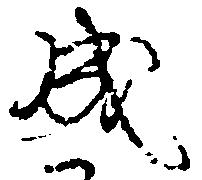
成